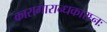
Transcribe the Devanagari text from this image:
कारागारान्धकारघ्नः